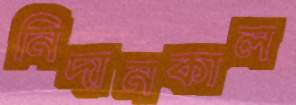
নিদানকাল